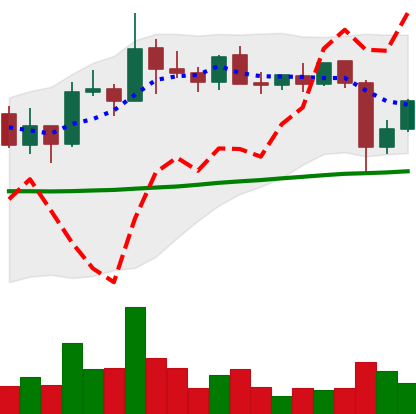
Ticker: XLM-USD
Chart end date: 2021-10-29
Forward return: 6.448%
Label: up_5_7